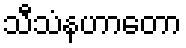
သီသံနဟာတော